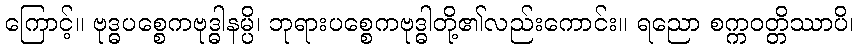
ကြောင့်။ ဗုဒ္ဓပစ္စေကဗုဒ္ဓါနမ္ပိ၊ ဘုရားပစ္စေကဗုဒ္ဓါတို့၏လည်းကောင်း။ ရညော စက္ကဝတ္တိဿာပိ၊